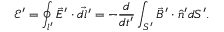
\mathcal E ^ { \prime } = \oint _ { l ^ { \prime } } \vec { E } ^ { \prime } \cdot \vec { d l ^ { \prime } } = - \frac { d } { d t ^ { \prime } } \int _ { S ^ { \prime } } \vec { B } ^ { \prime } \cdot \hat { n } ^ { \prime } d S ^ { \prime } .